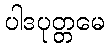
ပါဒပုတ္တမေ